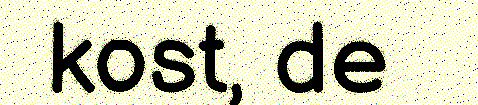
kost, de